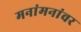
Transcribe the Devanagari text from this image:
मनांमनांवर